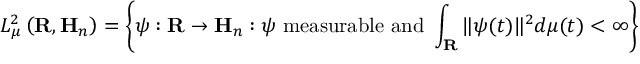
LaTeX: L _ { \mu } ^ { 2 } \left( \mathbf { R } , \mathbf { H } _ { n } \right) = \left\{ \psi : \mathbf { R } \to \mathbf { H } _ { n } : \psi { \mathrm { ~ m e a s u r a b l e ~ a n d ~ } } \int _ { \mathbf { R } } \| \psi ( t ) \| ^ { 2 } d \mu ( t ) < \infty \right\}